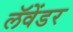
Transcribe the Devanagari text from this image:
लॅवेंडर